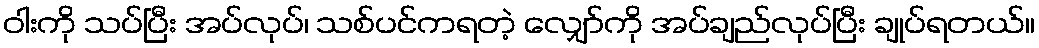
ဝါးကို သပ်ပြီး အပ်လုပ်၊ သစ်ပင်ကရတဲ့ လျှော်ကို အပ်ချည်လုပ်ပြီး ချုပ်ရတယ်။